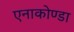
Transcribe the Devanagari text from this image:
एनाकोण्डा